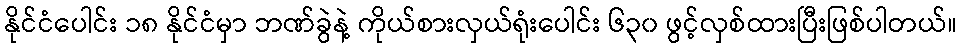
နိုင်ငံပေါင်း ၁၈ နိုင်ငံမှာ ဘဏ်ခွဲနဲ့ ကိုယ်စားလှယ်ရုံးပေါင်း ၆၃၀ ဖွင့်လှစ်ထားပြီးဖြစ်ပါတယ်။